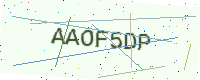
Text: AAOF5DP